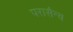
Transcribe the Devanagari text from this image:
परासैन्य